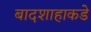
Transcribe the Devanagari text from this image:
बादशाहाकडे